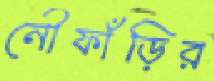
নৌফাঁড়ির